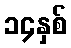
၁၄နှစ်